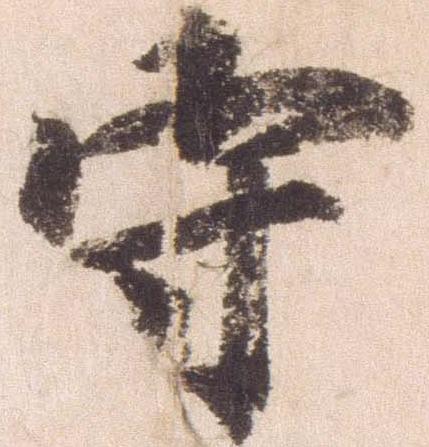
守